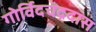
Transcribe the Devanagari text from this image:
गोर्विदचंद्रदास